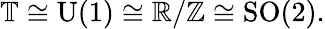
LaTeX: \mathbb{T}\cong{\mathrm{U}}(1)\cong\mathbb{R}/\mathbb{Z}\cong{\mathrm{SO}}(2).